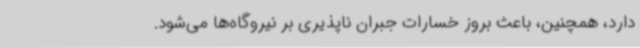
دارد، همچنین، باعث بروز خسارات جبران ناپذیری بر نیروگاه‌ها می‌شود.